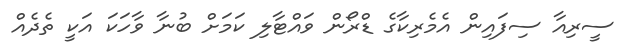
ސީރިއާ ސިފައިން އެމެރިކާގެ ޑްރޯން ވައްޓާލި ކަމަށް ބުނާ ވާހަކަ އަކީ ތެދެއް